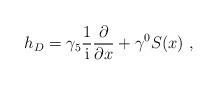
LaTeX: \begin{align*}h_D = {\gamma_5}\frac{1}{\rm i} \frac{\partial}{\partial x} +\gamma^0 S(x) \ , \end{align*}